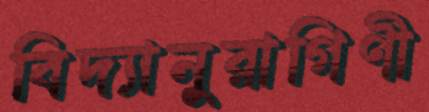
বিদ্যানুরাগিণী